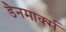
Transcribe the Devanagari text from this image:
डैनमार्क्स